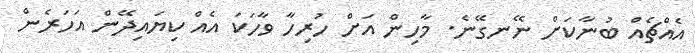
އެއްޗެއް ބުނާކަށް ނޭނގޭނެ. މާހިން އަށް ހުރިހާ ވާހަކަ އެއް ކިޔައިދޭން އަހަރެން